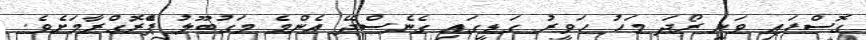
ގޮސްފައި ވަނީ ރޯދަ މަހު ހަވީރު ގަޑީގައި ގެނެސްދޭ އެންމެ މަގުބޫލު ޕްެރޮގްރާމަށެވެ.